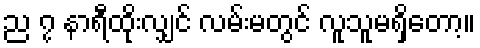
ည ၇ နာရီထိုးလျှင် လမ်းမတွင် လူသူမရှိတော့။